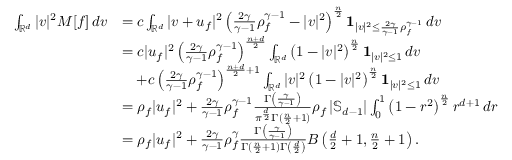
\begin{array} { r l } { \int _ { \mathbb { R } ^ { d } } | v | ^ { 2 } M [ f ] \, d v } & { = c \int _ { \mathbb { R } ^ { d } } | v + u _ { f } | ^ { 2 } \left( \frac { 2 \gamma } { \gamma - 1 } \rho _ { f } ^ { \gamma - 1 } - | v | ^ { 2 } \right) ^ { \frac n 2 } \mathbf { 1 } _ { | v | ^ { 2 } \le \frac { 2 \gamma } { \gamma - 1 } \rho _ { f } ^ { \gamma - 1 } } \, d v } \\ & { = c | u _ { f } | ^ { 2 } \left( \frac { 2 \gamma } { \gamma - 1 } \rho _ { f } ^ { \gamma - 1 } \right) ^ { \frac { n + d } { 2 } } \int _ { \mathbb { R } ^ { d } } \left( 1 - | v | ^ { 2 } \right) ^ { \frac n 2 } \mathbf { 1 } _ { | v | ^ { 2 } \le 1 } \, d v } \\ & { \quad + c \left( \frac { 2 \gamma } { \gamma - 1 } \rho _ { f } ^ { \gamma - 1 } \right) ^ { \frac { n + d } { 2 } + 1 } \int _ { \mathbb { R } ^ { d } } | v | ^ { 2 } \left( 1 - | v | ^ { 2 } \right) ^ { \frac n 2 } \mathbf { 1 } _ { | v | ^ { 2 } \le 1 } \, d v } \\ & { = \rho _ { f } | u _ { f } | ^ { 2 } + \frac { 2 \gamma } { \gamma - 1 } \rho _ { f } ^ { \gamma - 1 } \frac { \Gamma \left( \frac { \gamma } { \gamma - 1 } \right) } { \pi ^ { \frac d 2 } \Gamma ( \frac n 2 + 1 ) } \rho _ { f } \left| \mathbb { S } _ { d - 1 } \right| \int _ { 0 } ^ { 1 } \left( 1 - r ^ { 2 } \right) ^ { \frac n 2 } r ^ { d + 1 } \, d r } \\ & { = \rho _ { f } | u _ { f } | ^ { 2 } + \frac { 2 \gamma } { \gamma - 1 } \rho _ { f } ^ { \gamma } \frac { \Gamma \left( \frac { \gamma } { \gamma - 1 } \right) } { \Gamma ( \frac n 2 + 1 ) \Gamma \left( \frac { d } { 2 } \right) } B \left( \frac { d } { 2 } + 1 , \frac n 2 + 1 \right) . } \end{array}